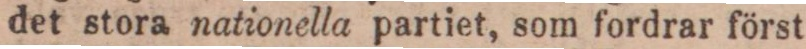
det stora nationella partiet, som fordrar först